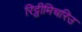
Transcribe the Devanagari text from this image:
रिट्ठीमिचरिउ